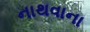
નાથવાના